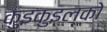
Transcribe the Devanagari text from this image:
कुइकुइल्को